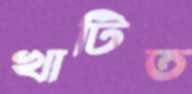
খাটিত